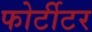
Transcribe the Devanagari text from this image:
फोर्टीटर